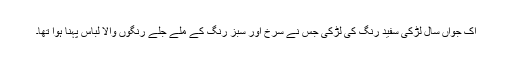
اک جواں سال لڑکی سفید رنگ کی لڑکی جس نے سرخ اور سبز رنگ کے ملے جلے رنگوں والا لباس پہنا ہوا تھا۔